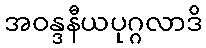
အဝန္ဒနီယပုဂ္ဂလာဒိ